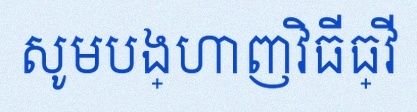
សូមបង្ហាញវិធីធ្វើ